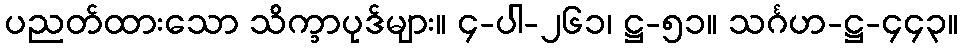
ပညတ်ထားသော သိက္ခာပုဒ်များ။ ၄-ပါ-၂၆၁၊ ဋ္ဌ-၅၁။ သင်္ဂဟ-ဋ္ဌ-၄၄၃။